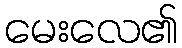
မေးလေ၏